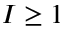
I \geq 1